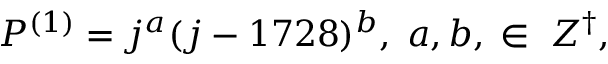
{ \cal P } ^ { ( 1 ) } = j ^ { a } ( j - 1 7 2 8 ) ^ { b } , \; a , b , \; \in \; Z ^ { \dagger } ,